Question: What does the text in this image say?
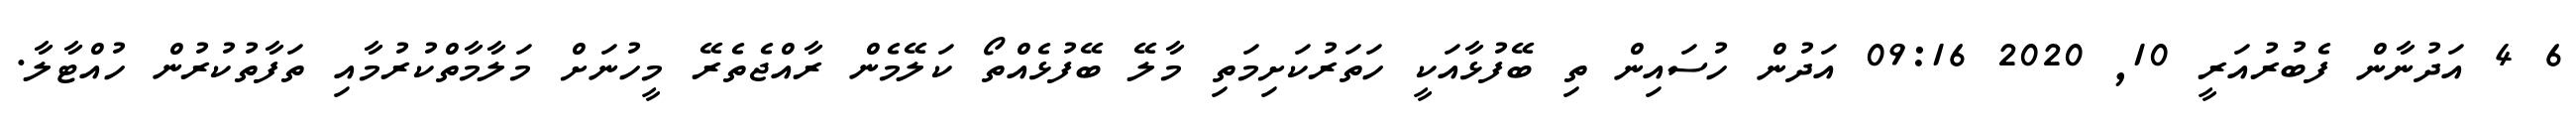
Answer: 6 4 އަދުނާން ފެބުރުއަރީ 10, 2020 09:16 އަދުން ހުސައިން ތި ބޭފުޅާއަކީ ހަތަރުކަށިމަތި މާލޭ ބޭފުޅެއްތޯ ކަލޭމެން ރާއްޖެތެރޭ މީހުނަށް މަލާމާތްކުރުމާއި ތަފާތުކުރުން ހުއްޓާލާ.